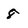
Character: 8